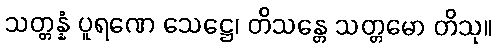
သတ္တန္နံ ပူရဏေ သေဋ္ဌေ၊ တိသန္တေ သတ္တမော တိသု။